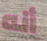
أنه